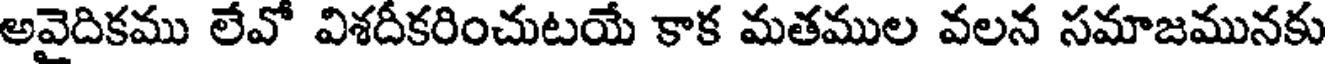
అవైదికము లేవో విశదీకరించుటయే కాక మతముల వలన సమాజమునకు